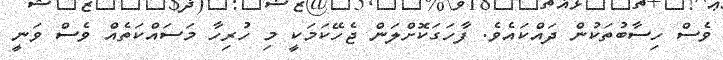
ވެސް ހިސާބުތަކުން ދައްކައެވެ. ފާހަގަކޮށްލަން ޖެހޭކަމަކީ މި ހުރިހާ މަސައްކަތެއް ވެސް ވަނީ